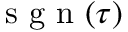
\mathrm { ~ s ~ g ~ n ~ } ( \tau )